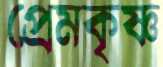
প্রেমকৃষ্ণ